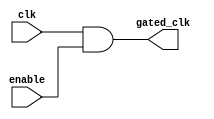
module clock_gating_cell (
    input wire clk,       // Global clock signal
    input wire enable,    // Enable signal for gating
    output wire gated_clk // Gated clock output
);

    // Clock gating logic
    assign gated_clk = clk & enable;

endmodule